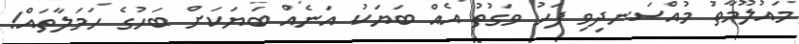
މައުލޫމާތު މުއްސަނދިވި ފަހު ވަގުތު އެއް ބަޔަކު އަނެއް ބަޔަކަށް ބަހުގެ ހަމަލާތައް!